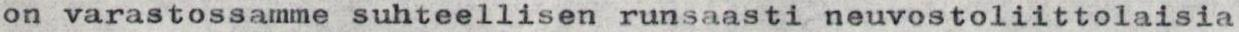
on varastossamme suhteellisen runsaasti neuvostoliittolaisia